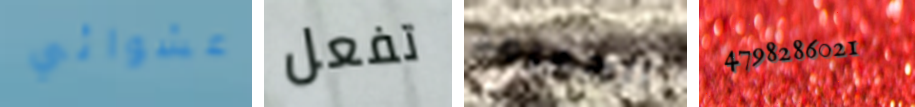
عشوائي تفعل الحميمة 4798286021